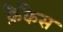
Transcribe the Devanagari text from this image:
फ्रैंकैस